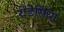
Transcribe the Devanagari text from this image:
रोडेसिया